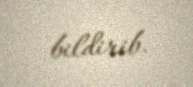
bildirib.